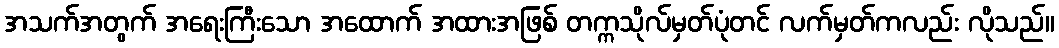
အသက်အတွက် အရေးကြီးသော အထောက် အထားအဖြစ် တက္ကသိုလ်မှတ်ပုံတင် လက်မှတ်ကလည်း လိုသည်။